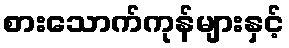
စားသောက်ကုန်များနှင့်